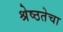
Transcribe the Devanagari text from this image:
श्रेष्ठतेचा